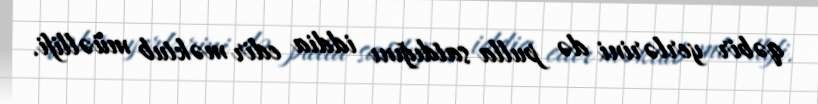
qəbir yerlərini də pulla satdığını iddia edir məktub müəllifi.